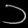
Digit: ၁